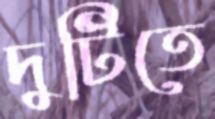
দুটিতে